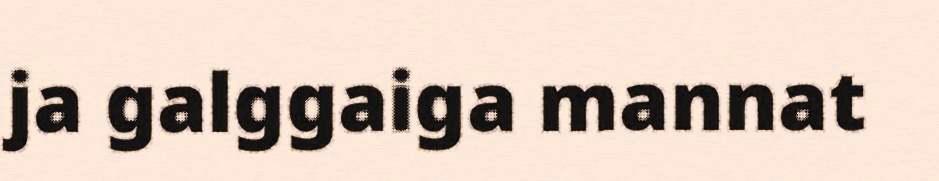
ja galggaiga mannat